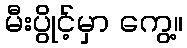
မီးပွိုင့်မှာ ကွေ့။